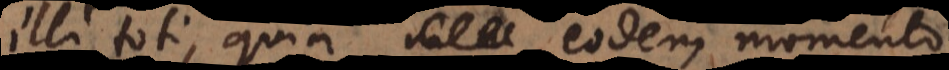
illi toti, quia eodem momento